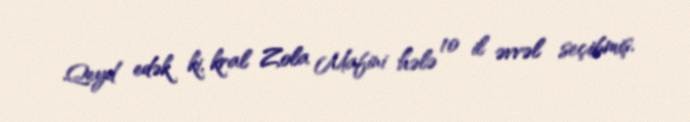
Qeyd edək ki, kral Zola Mafini hələ 10 il əvvəl seçibmiş.